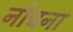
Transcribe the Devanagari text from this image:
नोचना